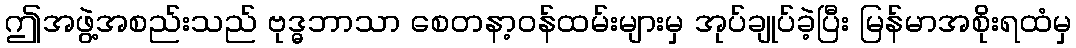
ဤအဖွဲ့အစည်းသည် ဗုဒ္ဓဘာသာ စေတနာ့ဝန်ထမ်းများမှ အုပ်ချုပ်ခဲ့ပြီး မြန်မာအစိုးရထံမှ